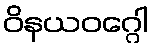
ဝိနယဝဂ္ဂေါ